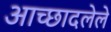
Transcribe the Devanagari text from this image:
अाच्छादलेले